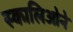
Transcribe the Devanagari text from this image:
स्कालिओने